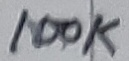
Text: 100K